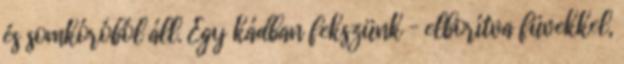
és somkóróból áll. Egy kádban fekszünk – elborítva füvekkel,